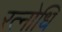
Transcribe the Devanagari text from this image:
रत्नोधि